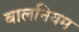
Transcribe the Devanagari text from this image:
बालनियम